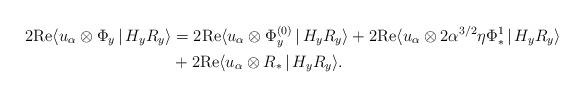
LaTeX: \begin{align*}2 \mathrm{Re} \langle u_{\alpha}\otimes \Phi_y\,|\, H_y R_y \rangle &= 2 \mathrm{Re} \langle u_{\alpha}\otimes \Phi_y^{(0)} \,|\, H_y R_y \rangle + 2 \mathrm{Re} \langle u_{\alpha}\otimes 2 \alpha^{3/2}\eta \Phi_*^1\,|\, H_y R_y \rangle \\ &+2 \mathrm{Re} \langle u_{\alpha}\otimes R_*\,|\, H_y R_y \rangle. \end{align*}